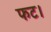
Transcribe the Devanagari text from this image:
फट।